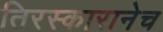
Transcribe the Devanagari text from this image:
तिरस्कारानेच